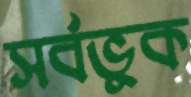
সর্বভুক